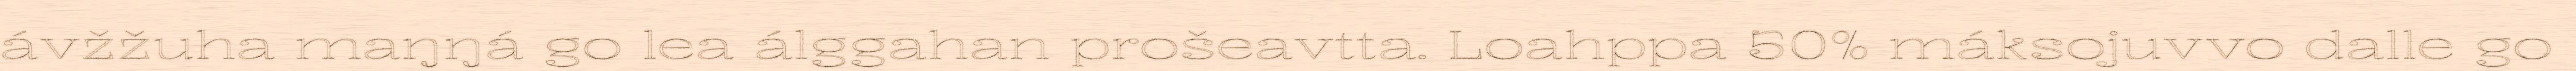
ávžžuha maŋŋá go lea álggahan prošeavtta. Loahppa 50% máksojuvvo dalle go